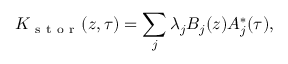
K _ { \mathrm { ~ s ~ t ~ o ~ r ~ } } ( z , \tau ) = \sum _ { j } \lambda _ { j } B _ { j } ( z ) A _ { j } ^ { * } ( \tau ) ,